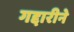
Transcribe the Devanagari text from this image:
गद्दारीने